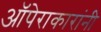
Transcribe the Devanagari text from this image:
ऑपेराकारांनी